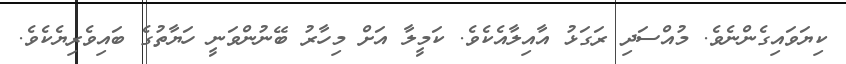
ކިޔަވައިގެންނެވެ. މުއްސަދި ރަގަޅު އާއިލާއެކެވެ. ކަމީލާ އަށް މިހާރު ބޭނުންވަނީ ހަޔާތުގެ ބައިވެރިޔެކެވެ.